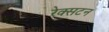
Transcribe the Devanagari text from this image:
रेक्सटन